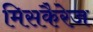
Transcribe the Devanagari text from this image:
मिसकैरेज